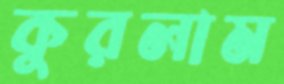
কুরলাম